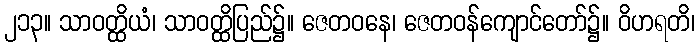
၂၁၃။ သာဝတ္ထိယံ၊ သာဝတ္ထိပြည်၌။ ဇေတဝနေ၊ ဇေတဝန်ကျောင်တော်၌။ ဝိဟရတိ၊